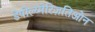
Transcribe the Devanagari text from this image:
डेपोल्य्मेरिज़तिओन